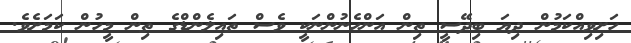
ހަށިވިއްކަމުން ދިޔަ ބިދޭސީ ތިން އަންހެނުންނަކީ ވެސް ތައިލެންޑްގެ ތިން މީހުން ކަމަށެވެ.